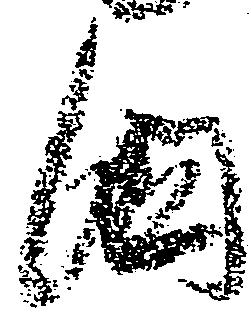
国